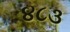
૪૮૩